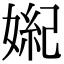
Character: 𪦏